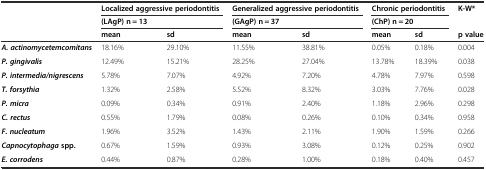
| <ROWSPAN=3>  | <COLSPAN=2> Localized aggressive periodontitis | <COLSPAN=2> Generalized aggressive periodontitis | <COLSPAN=2> Chronic periodontitis | <ROWSPAN=2> K-W* |
 | <COLSPAN=2> (LAgP) n = 13 | <COLSPAN=2> (GAgP) n = 37 | <COLSPAN=2> (ChP) n = 20 |
 | mean | sd | mean | sd | mean | sd | p value |
 | --- | --- | --- | --- | --- | --- | --- | --- |
 | A. actinomycetemcomitans | 18.16% | 29.10% | 11.55% | 38.81% | 0.05% | 0.18% | 0.004 |
 | P. gingivalis | 12.49% | 15.21% | 28.25% | 27.04% | 13.78% | 18.39% | 0.038 |
 | P. intermedia/nigrescens | 5.78% | 7.07% | 4.92% | 7.20% | 4.78% | 7.97% | 0.598 |
 | T. forsythia | 1.32% | 2.58% | 5.52% | 8.32% | 3.03% | 7.76% | 0.028 |
 | P. micra | 0.09% | 0.34% | 0.91% | 2.40% | 1.18% | 2.96% | 0.298 |
 | C. rectus | 0.55% | 1.79% | 0.08% | 0.26% | 0.10% | 0.34% | 0.958 |
 | F. nucleatum | 1.96% | 3.52% | 1.43% | 2.11% | 1.90% | 1.59% | 0.266 |
 | Capnocytophagaspp. | 0.67% | 1.59% | 0.93% | 3.08% | 0.12% | 0.25% | 0.902 |
 | E. corrodens | 0.44% | 0.87% | 0.28% | 1.00% | 0.18% | 0.40% | 0.457 |